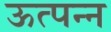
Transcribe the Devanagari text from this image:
ऊत्पन्न